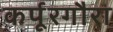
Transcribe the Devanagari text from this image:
कर्पूरगौरा